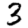
Digit: 3